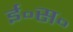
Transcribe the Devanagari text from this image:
ई॰स॰